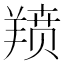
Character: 𫅗